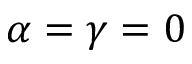
\alpha = \gamma = 0